Document type: Barter
Year: 1304
Scribe: Pere Pometa
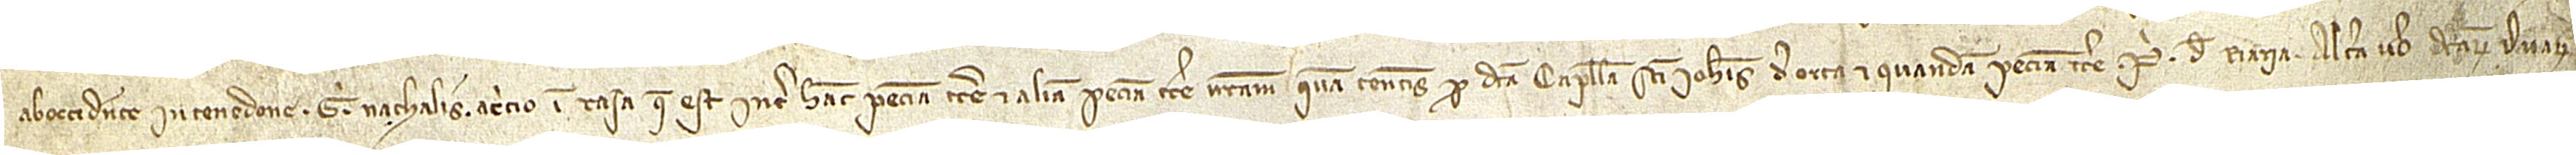
ab occidente in tenedone Gi Nathalis, a circio in rasa que est inter hanc peciam terre et aliam peciam terre nostram quam tenetis pro dicta capella Sancti Iohannis de Orta et quandam peciam terre Pi de Riaria. Altera vero dictarum duarum